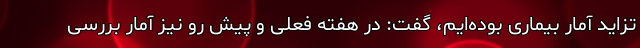
تزاید آمار بیماری بوده‌ایم، گفت: در هفته فعلی و پیش رو نیز آمار بررسی